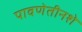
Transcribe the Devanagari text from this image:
पावणेतीनशे